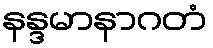
နန္ဒမာနာဂတံ